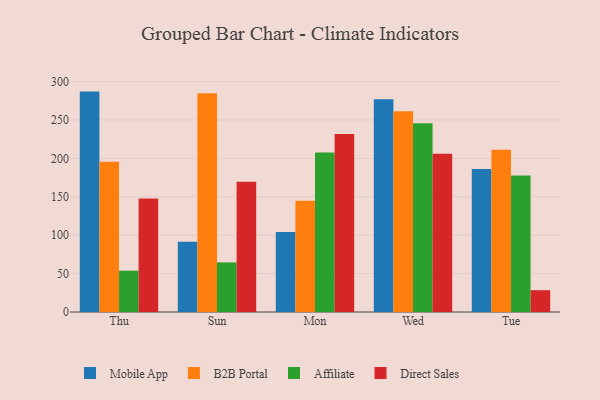
{"axis": {"x": "Day", "y": "Satisfaction Score"}, "legend": ["Affiliate", "B2B Portal", "Direct Sales", "Mobile App"], "data": [{"x": "Thu", "y": 286.9, "type": "Mobile App"}, {"x": "Thu", "y": 195.7, "type": "B2B Portal"}, {"x": "Thu", "y": 53.8, "type": "Affiliate"}, {"x": "Thu", "y": 147.8, "type": "Direct Sales"}, {"x": "Sun", "y": 91.6, "type": "Mobile App"}, {"x": "Sun", "y": 284.7, "type": "B2B Portal"}, {"x": "Sun", "y": 64.6, "type": "Affiliate"}, {"x": "Sun", "y": 169.6, "type": "Direct Sales"}, {"x": "Mon", "y": 104.0, "type": "Mobile App"}, {"x": "Mon", "y": 144.7, "type": "B2B Portal"}, {"x": "Mon", "y": 207.6, "type": "Affiliate"}, {"x": "Mon", "y": 231.6, "type": "Direct Sales"}, {"x": "Wed", "y": 277.0, "type": "Mobile App"}, {"x": "Wed", "y": 261.2, "type": "B2B Portal"}, {"x": "Wed", "y": 245.8, "type": "Affiliate"}, {"x": "Wed", "y": 206.1, "type": "Direct Sales"}, {"x": "Tue", "y": 186.1, "type": "Mobile App"}, {"x": "Tue", "y": 211.1, "type": "B2B Portal"}, {"x": "Tue", "y": 177.6, "type": "Affiliate"}, {"x": "Tue", "y": 28.4, "type": "Direct Sales"}]}